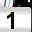
Digit: 1